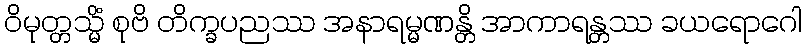
ဝိမုတ္တသ္မိံ စုဗိ တိက္ခပညဿ အနာရမ္မဏန္တိ အာကာရန္တဿ ခယရောဂေါ